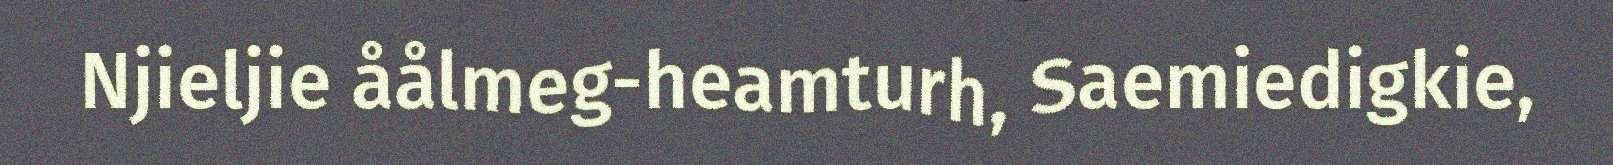
Njieljie åålmeg-heamturh, Saemiedigkie,